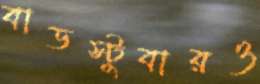
বাডস্টুবারও